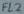
Text: FL2